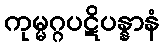
ကုမ္မဂ္ဂပဋိပန္နာနံ